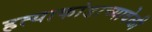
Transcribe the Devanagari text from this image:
हत्याकांडाच्यावेळी